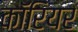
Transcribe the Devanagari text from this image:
कॉरियर